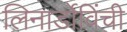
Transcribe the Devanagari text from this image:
लिनार्डोविंची